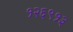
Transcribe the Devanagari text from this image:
१२६९१३